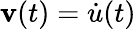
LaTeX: \mathbf{v}(t)=\dot{{u}}(t)